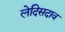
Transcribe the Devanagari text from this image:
लेदिसदाव